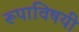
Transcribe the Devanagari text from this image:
रूपाविषयी